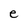
Character: e